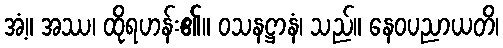
အံ့။ အဿ၊ ထိုရဟန်း၏။ ဝသနဋ္ဌာနံ၊ သည်။ နေဝပညာယတိ၊